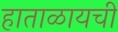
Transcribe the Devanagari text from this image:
हाताळायची